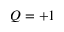
Q = + 1